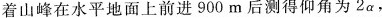
着山峰在水平地面上前进900m后测得仰角为2α，